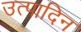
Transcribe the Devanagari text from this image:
उत्पादिन